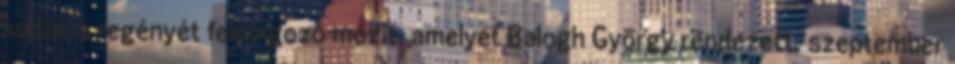
kultikus regényét feldolgozó mozit, amelyet Balogh György rendezett, szeptember